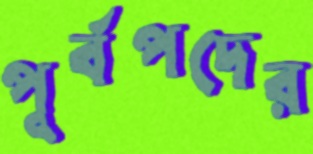
পূর্বপদের